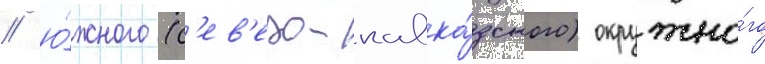
/ ю́жного (с'ев'еро-кавка́зского) окружно́го